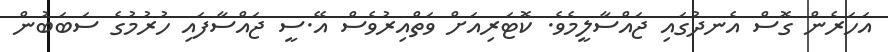
އަހަރެން ގޮސް އެނދުގައި ޖައްސާލީމެވެ. ކޮޓަރިއަށް ވަތްއިރުވެސް އޭ.ސީ ޖައްސާފައި ހުރުމުގެ ސަބަބުން